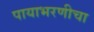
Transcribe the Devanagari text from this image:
पायाभरणीचा